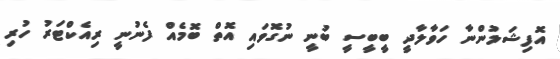
އޮފިޝަލުންނާ ހަވާލާދީ ބީބީސީ ބުނީ ނުގޮވައި އޮތް ބޮމެއް ފެނުނީ ރިއެކްޓަރު ހުރި